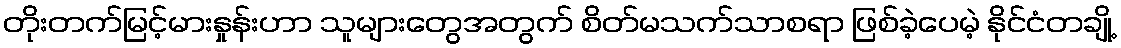
တိုးတက်မြင့်မားနှုန်းဟာ သူများတွေအတွက် စိတ်မသက်သာစရာ ဖြစ်ခဲ့ပေမဲ့ နိုင်ငံတချို့